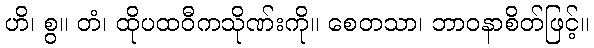
ဟိ၊ စွ။ တံ၊ ထိုပထဝီကသိုဏ်းကို။ စေတသာ၊ ဘာဝနာစိတ်ဖြင့်။